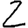
Digit: 2